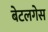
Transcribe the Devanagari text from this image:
बेटलगेस